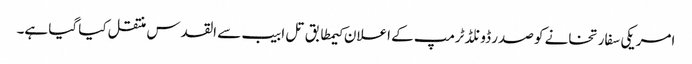
امریکی سفارتخانے کو صدر ڈونلڈ ٹرمپ کے اعلان کیمطابق تل ابیب سے القدس منتقل کیا گیا ہے۔